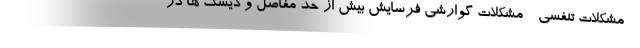
- مشکلات تنفسی - مشکلات گوارشی فرسایش بیش از حد مفاصل و دیسک ها در